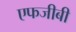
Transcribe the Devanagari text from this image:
एफजीबी